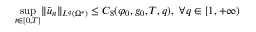
\operatorname* { s u p } _ { t \in [ 0 , T ] } \lVert \tilde { u } _ { n } \rVert _ { L ^ { q } ( \Omega ^ { * } ) } \leq C _ { 8 } ( \varphi _ { 0 } , g _ { 0 } , T , q ) , \ \forall q \in [ 1 , + \infty )